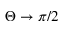
\Theta \to \pi / 2